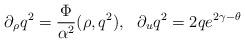
LaTeX: \begin{align*}\partial_\rho q^2={\Phi \over \alpha^2} (\rho, q^2), \ \ \partial_u q^2 =2qe^{2\gamma-\theta}\end{align*}